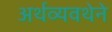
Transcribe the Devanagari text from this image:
अर्थव्यवथेने